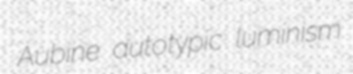
Aubine autotypic luminism